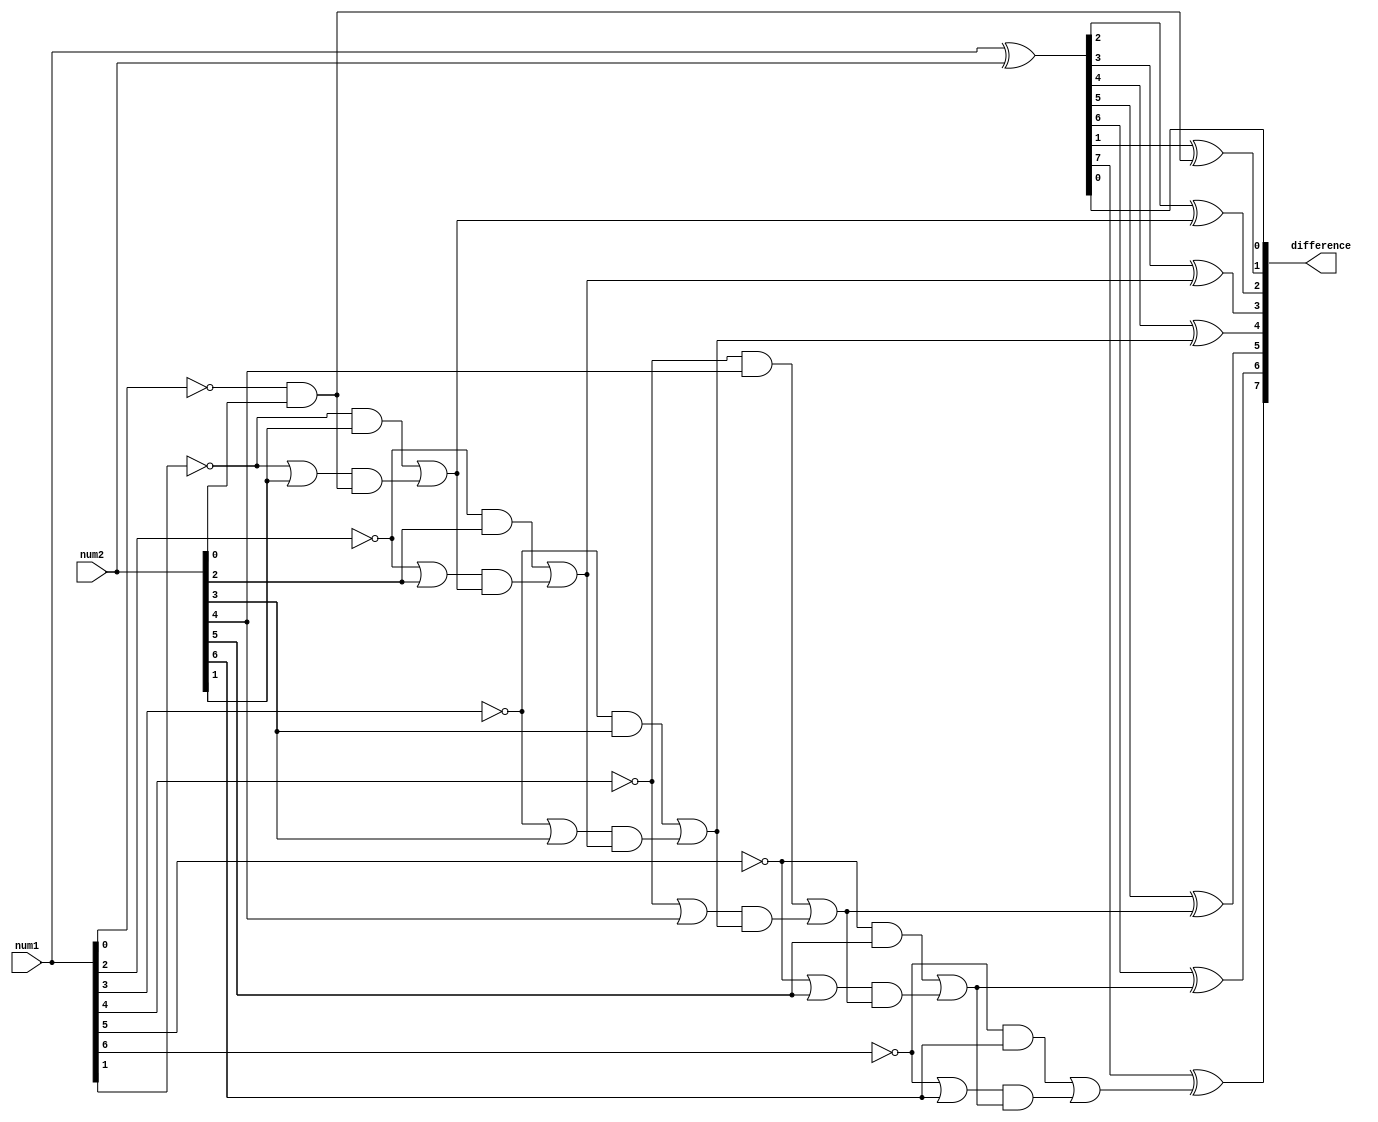
module ripple_subtractor (
  input [7:0] num1,
  input [7:0] num2,
  output [7:0] difference
);

wire [7:0] xor_out;
wire [7:0] borrow;

assign xor_out = num1 ^ num2;
assign difference[0] = xor_out[0];
assign borrow[0] = ~num1[0] & num2[0];

genvar i;
generate
  for (i = 1; i < 8; i = i + 1) begin
    assign difference[i] = xor_out[i] ^ borrow[i-1];
    assign borrow[i] = (~num1[i] & num2[i]) | ((~num1[i] | num2[i]) & borrow[i-1]);
  end
endgenerate

endmodule